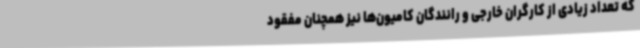
که تعداد زیادی از کارگران خارجی و رانندگان کامیون‌ها نیز همچنان مفقود